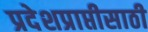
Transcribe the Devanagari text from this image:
प्रदेशप्राप्तीसाठी